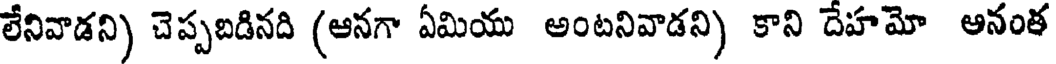
లేనివాడని) చెప్పబడినది (ఆనగా ఏమియు అంటనివాడని) కాని దేహమో ఆనంక